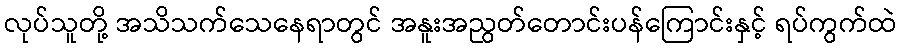
လုပ်သူတို့ အသိသက်သေနေရာတွင် အနူးအညွတ်တောင်းပန်ကြောင်းနှင့် ရပ်ကွက်ထဲ